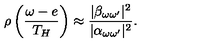
\rho \left( \frac { \omega - e } { T _ { H } } \right) \approx { \frac { | \beta _ { \omega \omega ^ { \prime } } | ^ { 2 } } { | \alpha _ { \omega \omega ^ { \prime } } | ^ { 2 } } } .